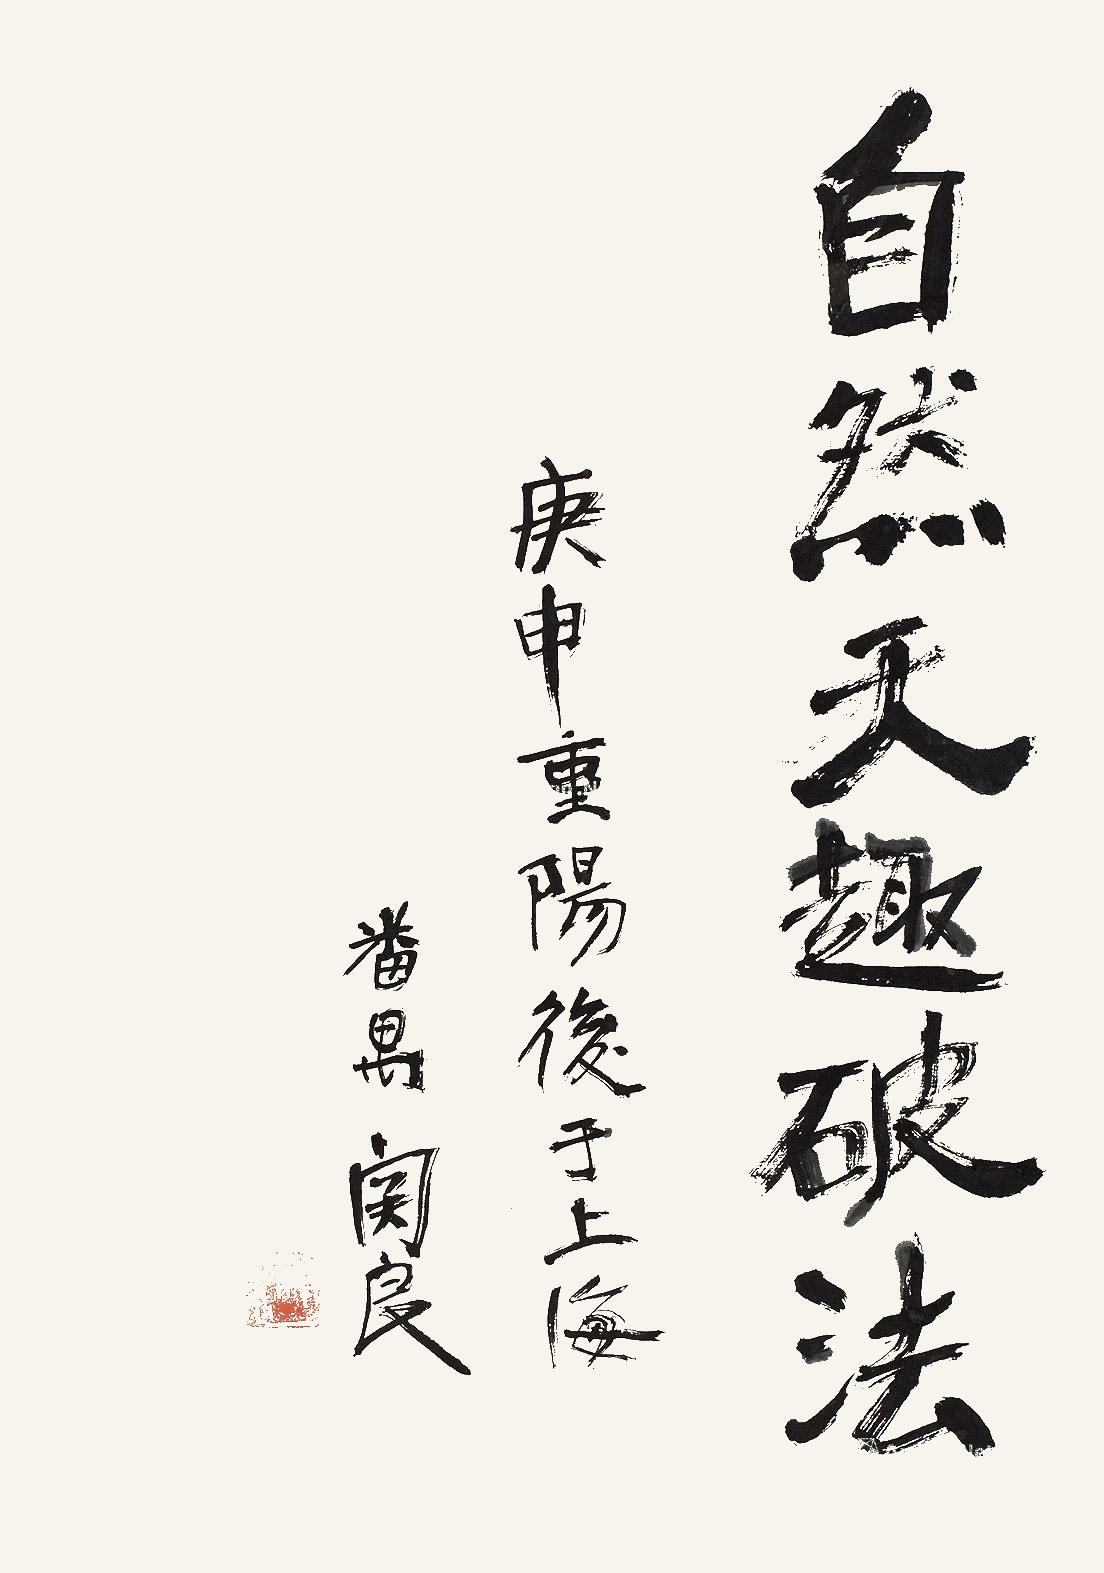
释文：自然天趣破法。庚申重阳后于上海，番禺关良。